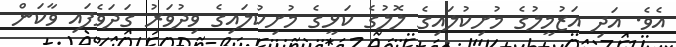
އެވެ. އަދި އަޒުމީލުގެ މުށިކުލައިގެ ލޮލުގެ ކަޅީގެ މުށިކުލައިގެ ވިދުވަރު ގަދަވެފައި ވާކަން